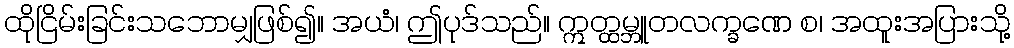
ထိုငြိမ်းခြင်းသဘောမျှဖြစ်၍။ အယံ၊ ဤပုဒ်သည်။ ဣတ္ထမ္ဘူတလက္ခဏေ စ၊ အထူးအပြားသို့